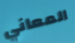
المعاني